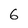
Character: 6